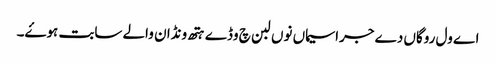
اے ول روگاں دے جراسیماں نوں لبن چ وڈے ہتھ ونڈان والے سابت ہوۓ۔